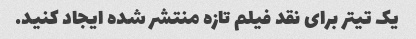
یک تیتر برای نقد فیلم تازه منتشر شده ایجاد کنید.